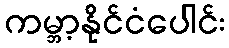
ကမ္ဘာ့နိုင်ငံပေါင်း